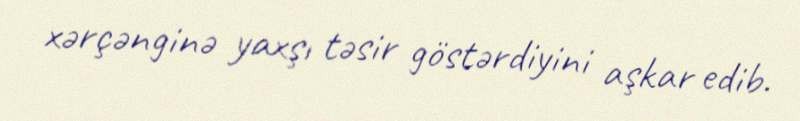
xərçənginə yaxşı təsir göstərdiyini aşkar edib.